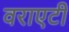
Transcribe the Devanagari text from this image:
वराएटी